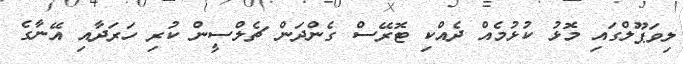
ލިވަޕޫލްގައި މޮޅު ކުޅުމެއް ދެއްކި ޓޮރޭސް ގެންދަން ޗެލްސީން ކުރި ހަރަދާއި އޭނާގެ